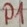
Text: P1